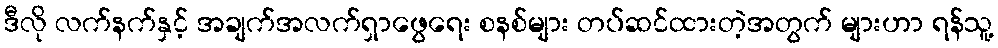
ဒီလို လက်နက်နှင့် အချက်အလက်ရှာဖွေရေး စနစ်များ တပ်ဆင်ထားတဲ့အတွက် များဟာ ရန်သူ့